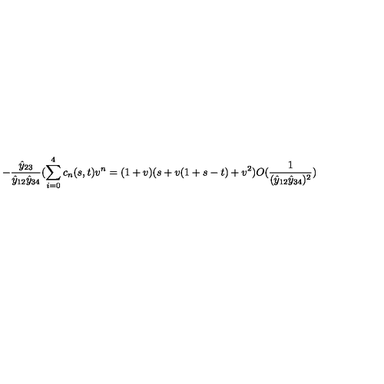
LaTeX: - \frac { \hat { y } _ { 2 3 } } { \hat { y } _ { 1 2 } \hat { y } _ { 3 4 } } ( \sum _ { i = 0 } ^ { 4 } c _ { n } ( s , t ) v ^ { n } = ( 1 + v ) ( s + v ( 1 + s - t ) + v ^ { 2 } ) O ( \frac { 1 } { ( \hat { y } _ { 1 2 } \hat { y } _ { 3 4 } ) ^ { 2 } } )